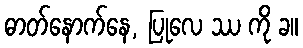
ဓာတ်နောက်နေ, ပြုလေ ဿ ကို ခ။